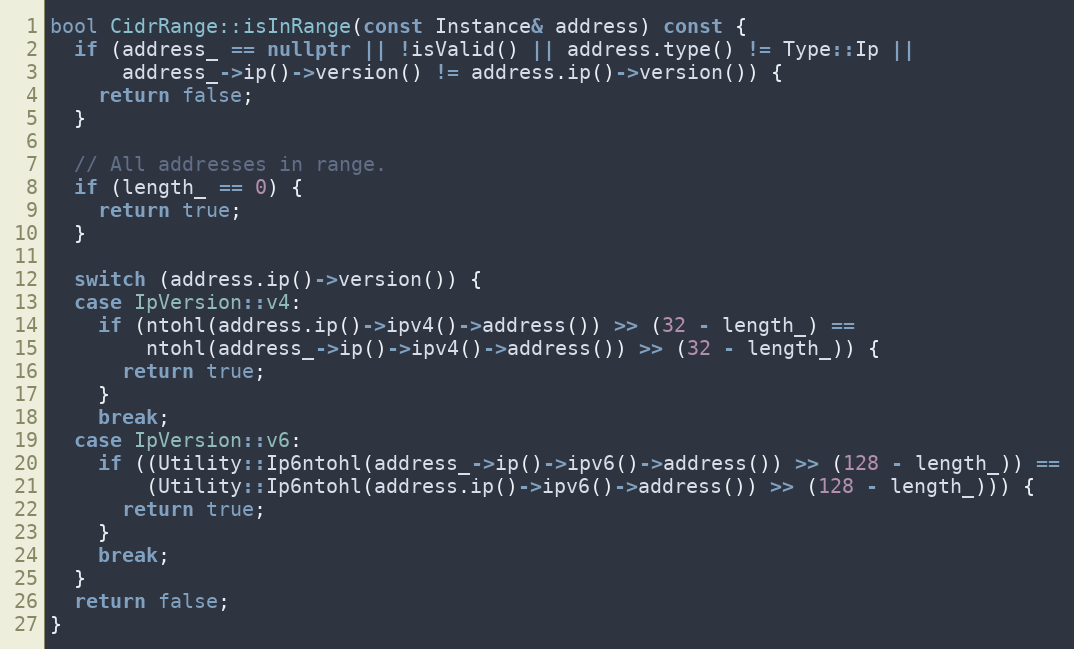
Language: C++
bool CidrRange::isInRange(const Instance& address) const {
  if (address_ == nullptr || !isValid() || address.type() != Type::Ip ||
      address_->ip()->version() != address.ip()->version()) {
    return false;
  }

  // All addresses in range.
  if (length_ == 0) {
    return true;
  }

  switch (address.ip()->version()) {
  case IpVersion::v4:
    if (ntohl(address.ip()->ipv4()->address()) >> (32 - length_) ==
        ntohl(address_->ip()->ipv4()->address()) >> (32 - length_)) {
      return true;
    }
    break;
  case IpVersion::v6:
    if ((Utility::Ip6ntohl(address_->ip()->ipv6()->address()) >> (128 - length_)) ==
        (Utility::Ip6ntohl(address.ip()->ipv6()->address()) >> (128 - length_))) {
      return true;
    }
    break;
  }
  return false;
}